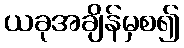
ယခုအချိန်မှစ၍